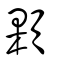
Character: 顆